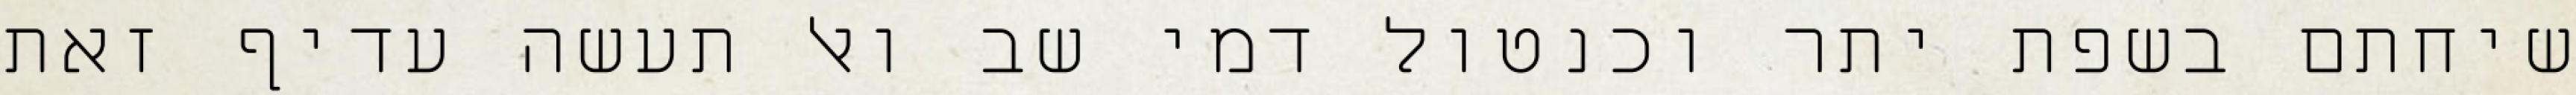
שיחתם בשפת יתר וכנטול דמי שב ואל תעשה עדיף זאת